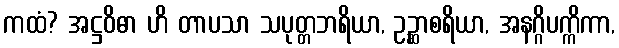
ကထံ? အဋ္ဌဝိဓာ ဟိ တာပသာ သပုတ္တဘရိယာ, ဥဉ္ဆာစရိယာ, အနဂ္ဂိပက္ကိကာ,